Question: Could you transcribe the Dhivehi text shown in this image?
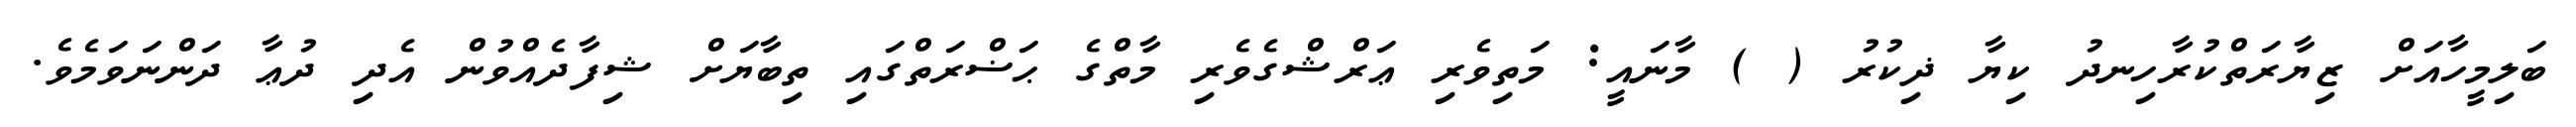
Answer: ބަލިމީހާއަށް ޒިޔާރަތްކުރާހިނދު ކިޔާ ޛިކުރު ( ) މާނައީ: މަތިވެރި ޢަރްޝްގެވެރި މާތްގެ ޙަޟްރަތްގައި ތިބާޔަށް ޝިފާދެއްވުން އެދި ދުޢާ ދަންނަވަމެވެ.